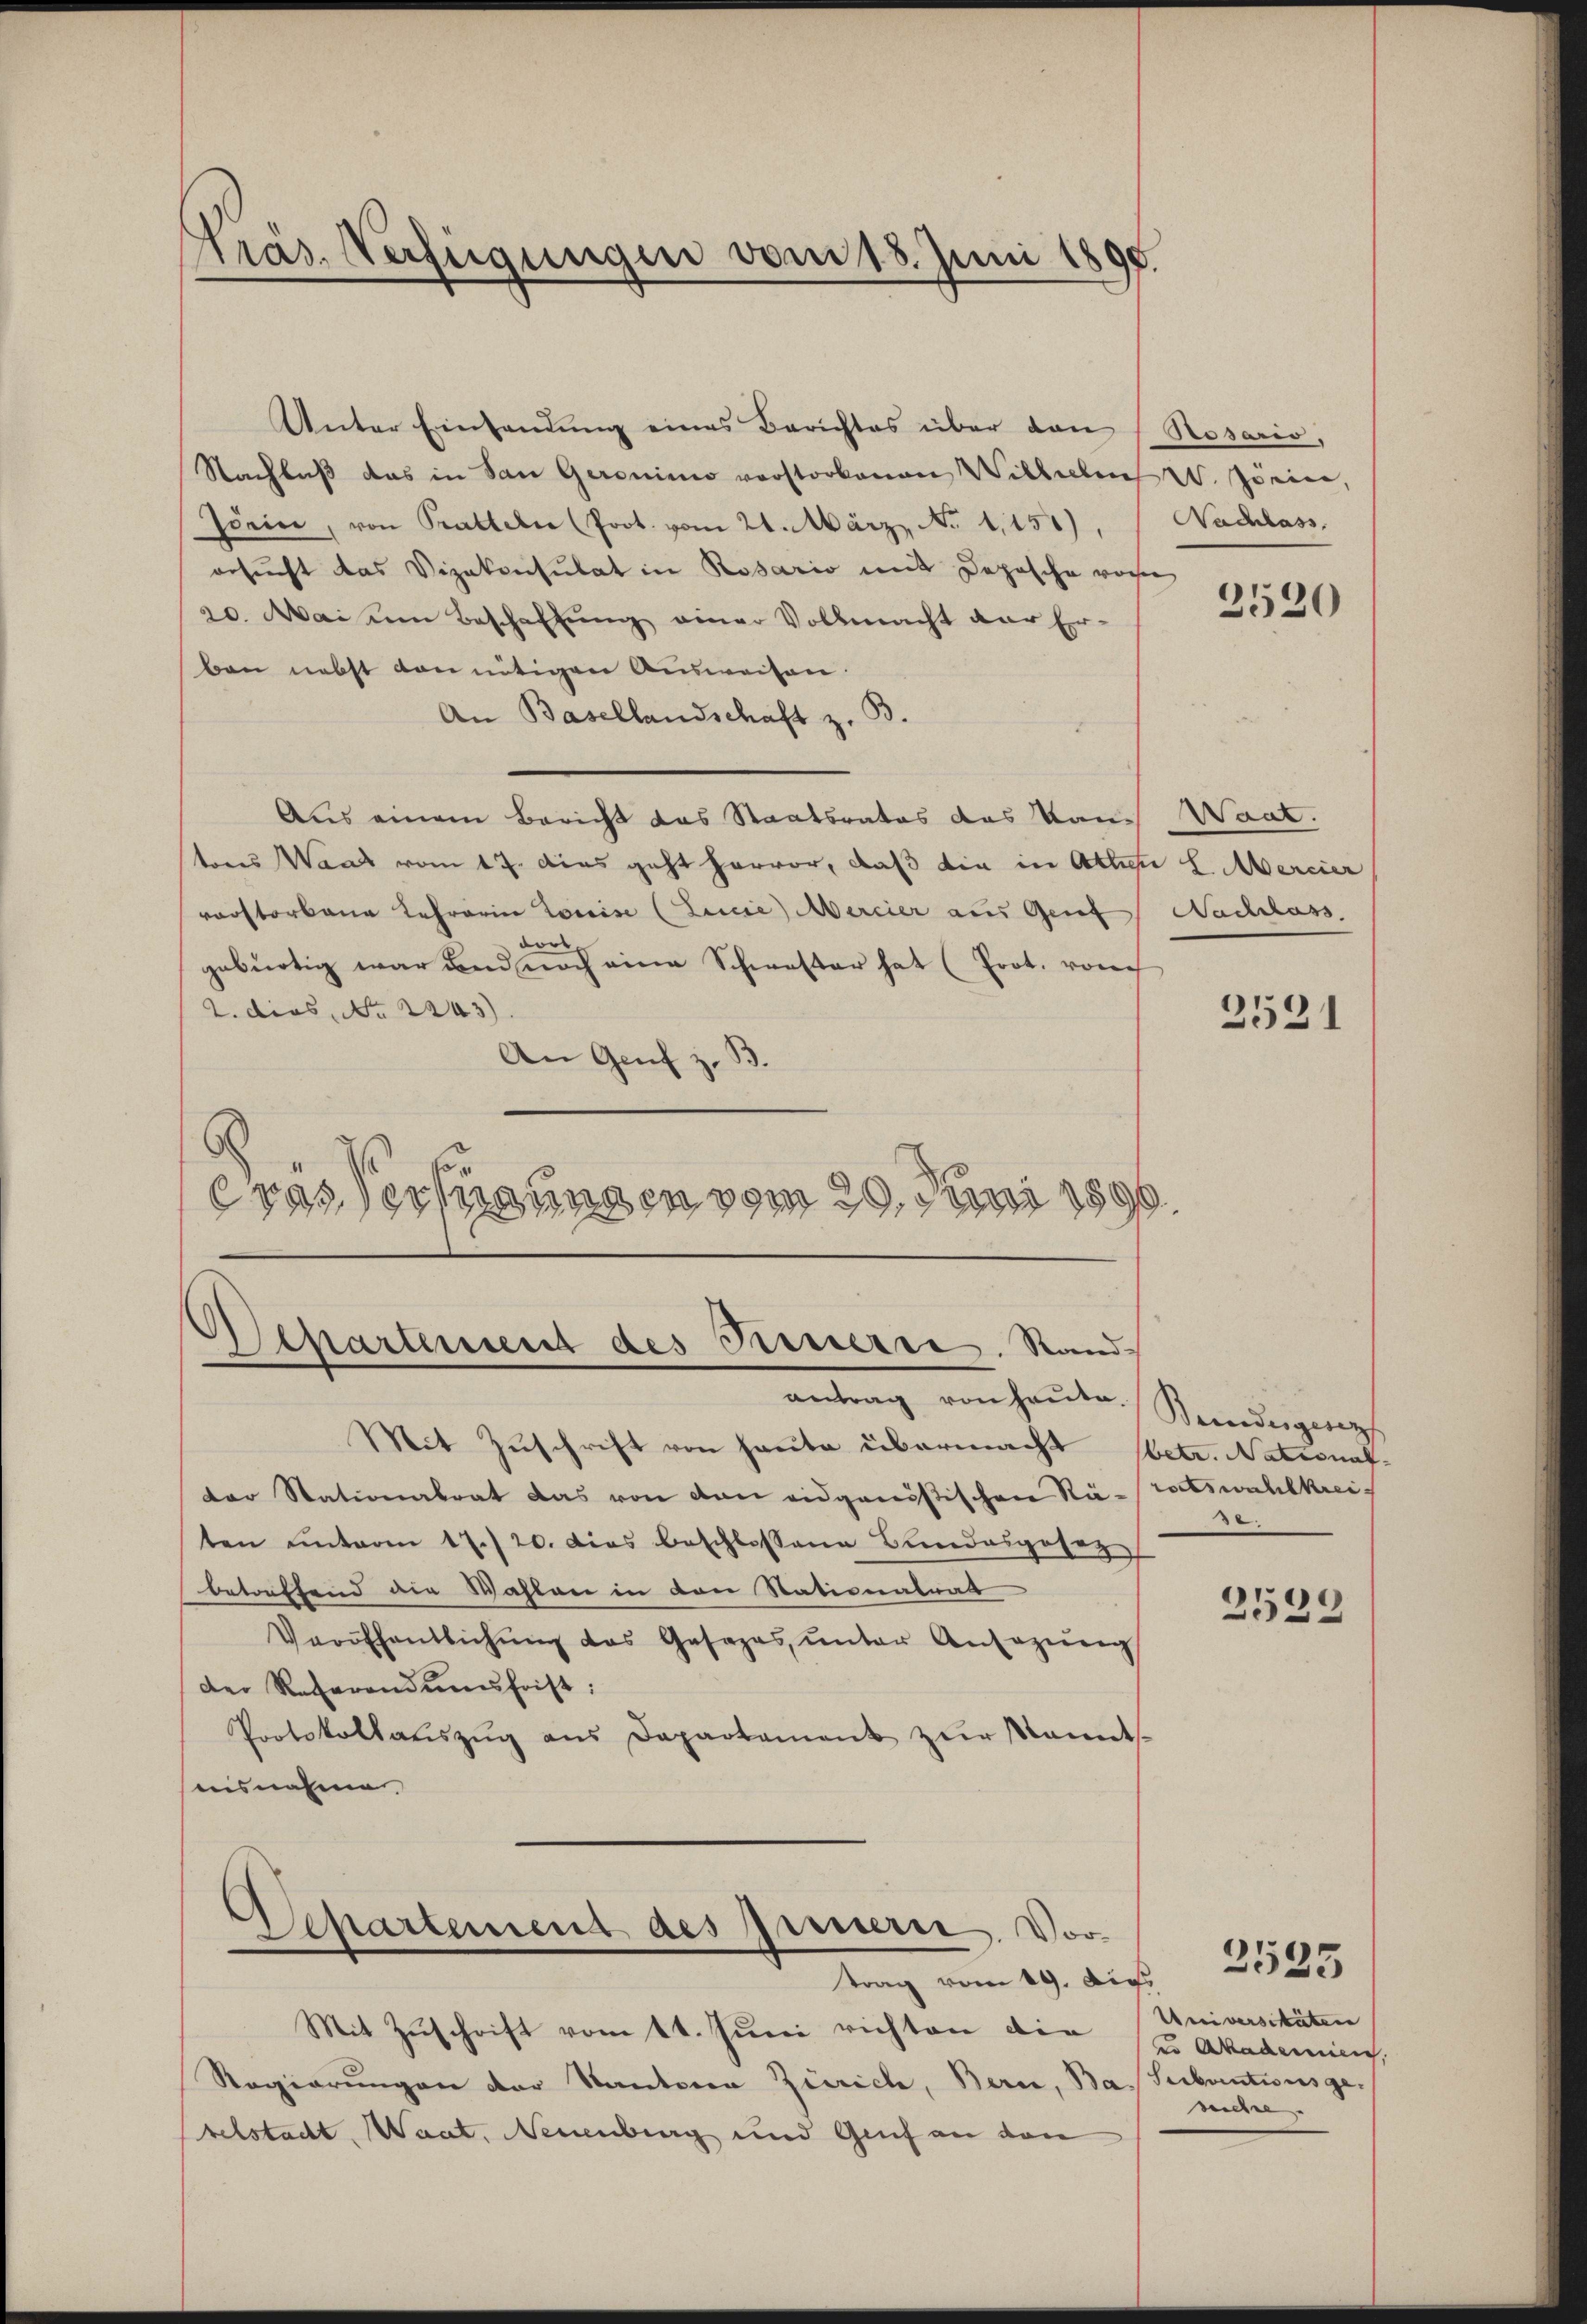
Präs. Verfügungen vom 18. Juni 1890.

Unter Einsendung eines Berichtes über den Rosarie,
Nachlaß das in San Geronino vorstorbenen Wilhelm W. Jörin,
Isein, von Pratteln (Prot. vom 21. März, No 1150). Nachlass,
besucht das Vizekonsulat in Rosario mit Depesche vorn
20. Mai um Beschaftung einer Vollmacht der Er-
ben nebst von nötigen Ausweisen.
An Basellandschaft z. B.
Aus einem Bericht das Staatsrates das kam Want.
tores Waat vom 17. dies geht hervor, daß die in Atten L. Mercier
vastorbene Lehrerin Louise (Linie Mercier aus Genf Nachlass
dor,
gebürtig war und noch eine Schwester hat (Prot. vorh
2. dies, No 2243)
An Genf z. B.
cras Verfügungen vom 20. Juni 1890.

Departement des Fristerre. Stand,
antrag von heute. Bundesgesez

Separtement des Innern. Vortrag vom 19. Aus

Mit Zuschrift vom 11. Juni richten die
Regierungen der Kantoren Zürich, Bern, Ba. Surbentionsgebelstadt, Waat. Neuenburg und Genf an den

Mit Zuschrift von heute übermacht betr. National-
der Stationalrat das von den eidgenößischen Rä- ratswahlkreiten ŭnterm 17./20. dies beschlossene Bundesgesez
betreffend die Wahlen in den Stationalrat
Veröffentlichŭng das Gesages ŭnter Ansezŭng
der Referendungsfrist:
Protokollaŭszŭg ans Departament zŭr Mannts-
aisnahme.

2520

2521

x

2539

Universitäten
en Akademien,
suchte.

2525